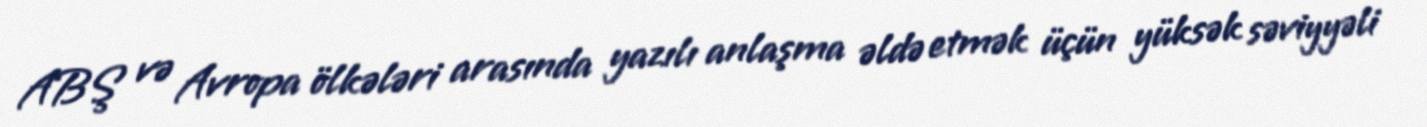
ABŞ və Avropa ölkələri arasında yazılı anlaşma əldə etmək üçün yüksək səviyyəli